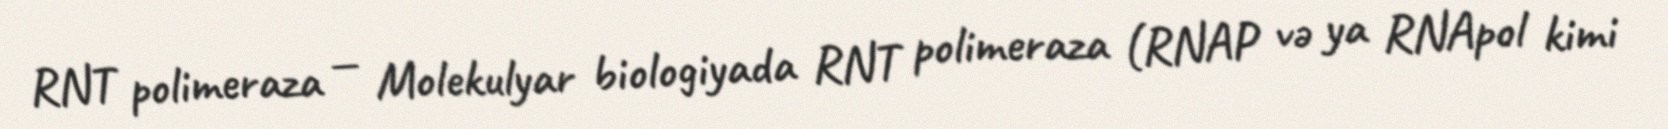
RNT polimeraza — Molekulyar biologiyada RNT polimeraza (RNAP və ya RNApol kimi